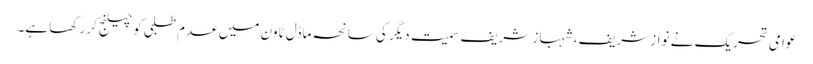
عوامی تحریک نے نواز شریف، شہباز شریف سمیت دیگر کی سانحہ ماڈل ٹاون میں عدم طلبی کو چیلنج کر رکھا ہے۔